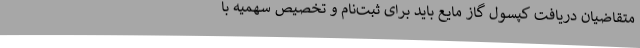
متقاضیان دریافت کپسول گاز مایع باید برای ثبت‌نام و تخصیص سهمیه با